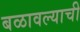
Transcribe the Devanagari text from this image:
बळावल्याची